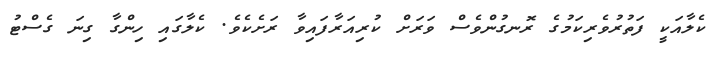
ކެލާއަކީ ފަތުރުވެރިކަމުގެ ރޮނގުންވެެސް ވަރަށް ކުރިއަރާފައިވާ ރަށެކެވެެ. ކެލާގައި ހިންގާ ގިނަ ގެސްޓު